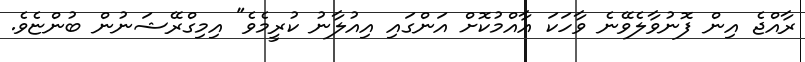
ރާއްޖެ އިން ފޮނުވާލެވޭނެ ވާހަކަ އާއްމުކޮށް އަންގައި އިއުލާނު ކުރީމެވެ" އިމިގްރޭޝަނުން ބުންޏެވެ.